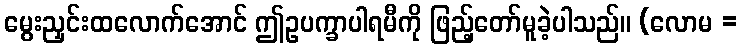
မွေးညှင်းထလောက်အောင် ဤဥပက္ခာပါရမီကို ဖြည့်တော်မူခဲ့ပါသည်။ (လောမ =